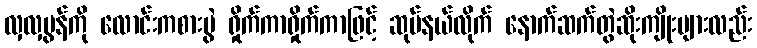
လှလှမွန်ကို လောင်းကစားပွဲ ရှိုက်ကာရှိုက်ကာဖြင့် ဆုပ်နယ်လိုက် နောက်ဆက်တွဲဆိုးကျိုးများလည်း